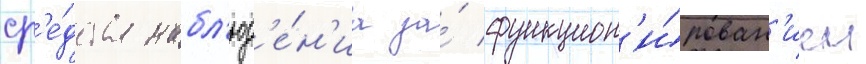
ср'е́дства набл'юд'е́н'иа за́ функцион'и́рован'ием